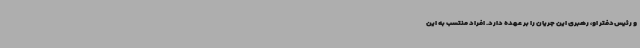
و رئیس‌دفتر او، رهبری این جریان را بر عهده دارد. افراد منتسب به این